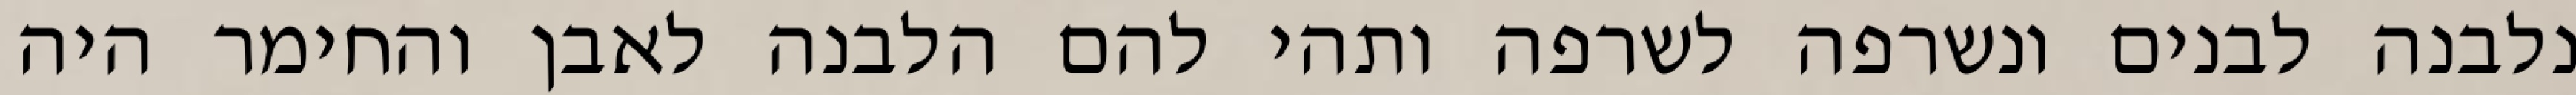
נלבנה לבנים ונשרפה לשרפה ותהי להם הלבנה לאבן והחימר היה